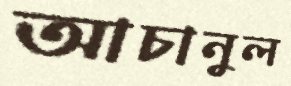
আচানুল